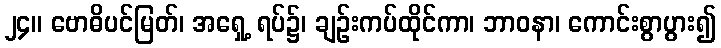
၂၄။ ဗောဓိပင်မြတ်၊ အရှေ့ ရပ်၌၊ ချဉ်းကပ်ထိုင်ကာ၊ ဘာဝနာ၊ ကောင်းစွာပွား၍